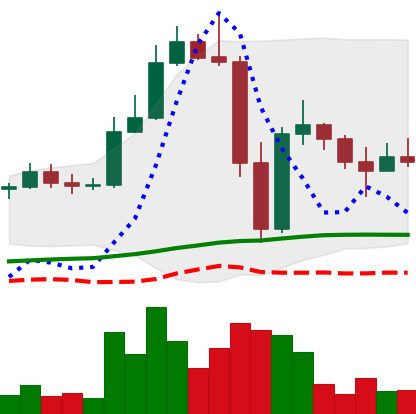
Ticker: LTC-USD
Chart end date: 2022-11-16
Forward return: 6.706%
Label: up_5_7